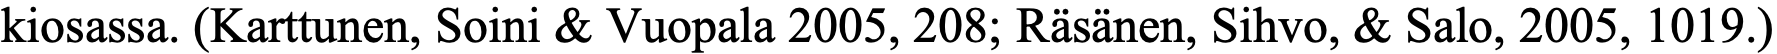
kiosassa. (Karttunen, Soini & Vuopala 2005, 208; Räsänen, Sihvo, & Salo, 2005, 1019.)